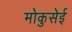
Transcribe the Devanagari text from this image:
मोकुसेई